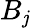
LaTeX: B_{\mathit{j}}